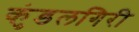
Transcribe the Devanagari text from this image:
कुंडलगिरी